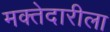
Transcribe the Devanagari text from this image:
मक्तेदारीला